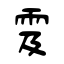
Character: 雭